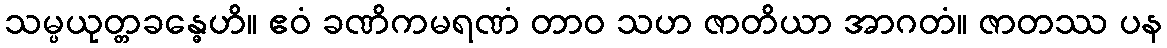
သမ္ပယုတ္တခန္ဓေဟိ။ ဧဝံ ခဏိကမရဏံ တာဝ သဟ ဇာတိယာ အာဂတံ။ ဇာတဿ ပန